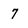
Character: 7